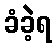
ခံခဲ့ရ